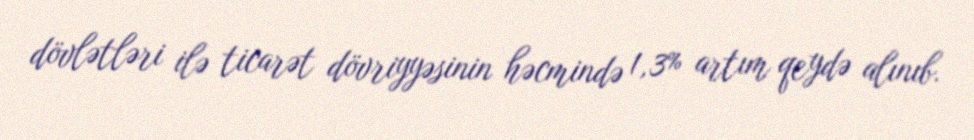
dövlətləri ilə ticarət dövriyyəsinin həcmində 1,3% artım qeydə alınıb.